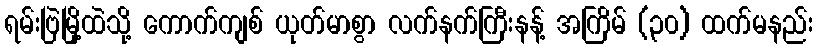
ရမ်းဗြဲမြို့ထဲသို့ ကောက်ကျစ် ယုတ်မာစွာ လက်နက်ကြီးနန့် အကြိမ် (၃၀) ထက်မနည်း